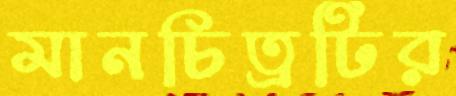
মানচিত্রটির